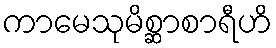
ကာမေသုမိစ္ဆာစာရီဟိ